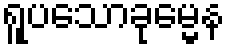
ရူပသောခုမ္မေန